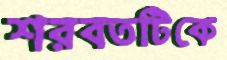
শরবতটিকে